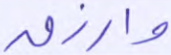
وارزق